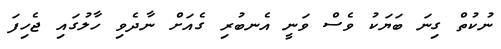
ނުކުތް ގިނަ ބަޔަކު ވެސް ވަނީ އެނބުރި ގެއަށް ނާދެވި ހާލުގައި ޖެހިފަ